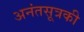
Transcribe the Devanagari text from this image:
अनंतसूत्रकी